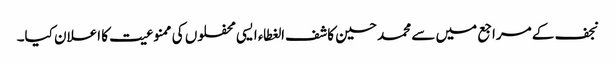
نجف کے مراجع میں سے محمد حسین کاشف‌الغطاء ایسی محفلوں کی ممنوعیت کا اعلان کیا۔